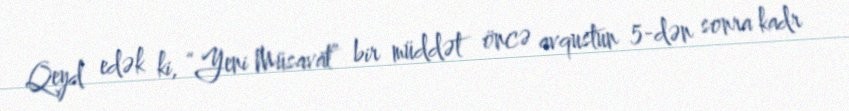
Qeyd edək ki, “Yeni Müsavat” bir müddət öncə avqustun 5-dən sonra kadr